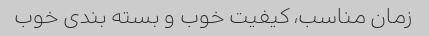
زمان مناسب، کیفیت خوب و بسته بندی خوب